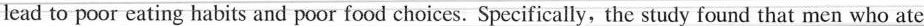
lead to poor eating habits and poor food choices. Specifically, the study found that men who ate